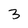
Character: 3